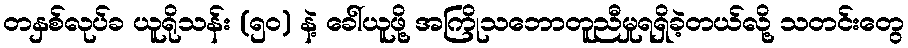
တနှစ်လုပ်ခ ယူရိုသန်း (၅၀) နဲ့ ခေါ်ယူဖို့ အကြိုသဘောတူညီမှုရရှိခဲ့တယ်လို့ သတင်းတွေ